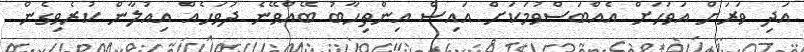
އަދި ވަރަށް އަވަހަށް އެއްބަސްވުމަކަށް އައިސް އިންތިހާބު ބޭއްވޭނެ ދުވަހެއް އިއުލާން ކުރެވިގެން